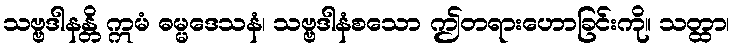
သဗ္ဗဒါနန္တိ ဣမံ ဓမ္မဒေသနံ၊ သဗ္ဗဒါနံစသော ဤတရားဟောခြင်းကို။ သတ္ထာ၊